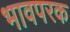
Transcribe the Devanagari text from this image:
भावपरक